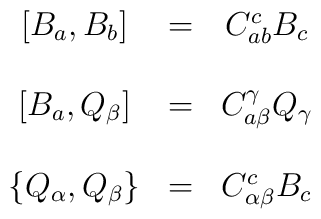
\begin{array}{ccc}\left[ B_{a},B_{b}\right] & = & C_{ab}^{c}B_{c} \\ &  &  \\ \left[ B_{a},Q_{\beta }\right] & = & C_{a\beta }^{\gamma }Q_{\gamma } \\ &  &  \\ \left\{ Q_{\alpha },Q_{\beta }\right\} & = & C_{\alpha \beta }^{c}B_{c}\end{array}